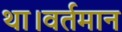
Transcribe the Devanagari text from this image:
था।वर्तमान